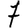
Digit: 7